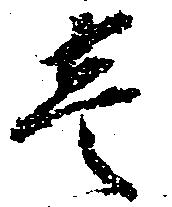
壱